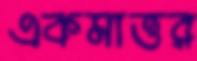
একমাত্তর